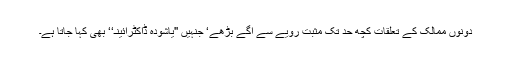
دونوں ممالک کے تعلقات کچھ حد تک مثبت رویے سے آگے بڑھے‘ جنہیں ''یاشودہ ڈاکٹرائینـ‘‘ بھی کہا جاتا ہے۔